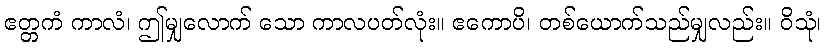
ဧတ္တကံ ကာလံ၊ ဤမျှလောက် သော ကာလပတ်လုံး။ ဧကောပိ၊ တစ်ယောက်သည်မျှလည်း။ ဝိသုံ၊